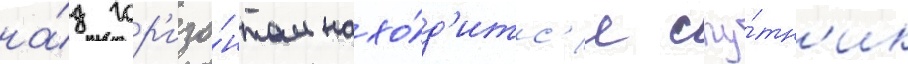
на́д гор'изо́нтом нахо́д'итс'я спу́тн'ик